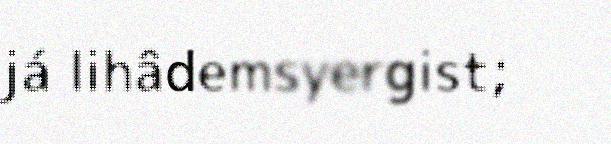
já lihâdemsyergist;